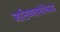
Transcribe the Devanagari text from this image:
जातिव्यवस्थेविरूद्ध